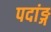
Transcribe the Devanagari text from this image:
पदांङ्ग